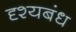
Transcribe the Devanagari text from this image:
दृश्यबंध